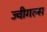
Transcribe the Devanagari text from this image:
ज्वीगल्स